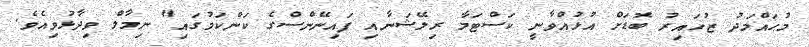
މުޙައްމަދު ޒުހައިރު ބޮޑަށް އުޅުއްވާނީ ކަސްޓަމާ ރިލޭޝަނާއި ފައިނޭންސްގެ ކަންކަމުގައި" ނިމާލް ވިދާޅުވިއެވެ.